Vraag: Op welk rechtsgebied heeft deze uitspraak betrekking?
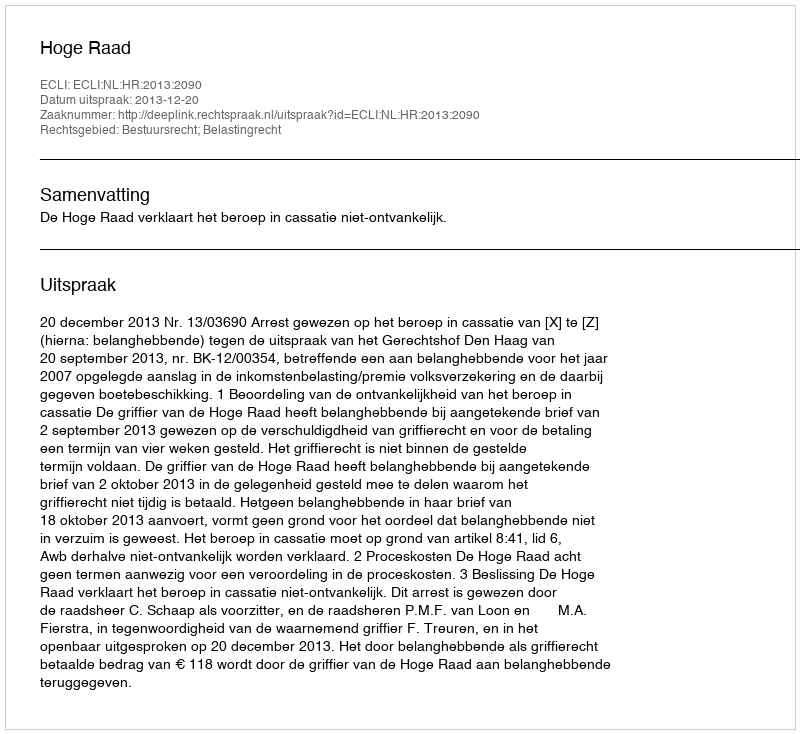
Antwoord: Bestuursrecht; Belastingrecht